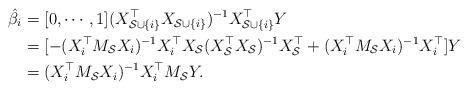
LaTeX: \begin{align*}\hat\beta_i&=[0,\cdots,1](X_{\mathcal S\cup \{i\}}^\top X_{\mathcal S\cup \{i\}})^{-1}X_{\mathcal S\cup \{i\}}^\top Y\\&=[-(X_i^\top M_{\mathcal S}X_i)^{-1}X_i^\top X_{\mathcal S}(X_{\mathcal S}^\top X_{\mathcal S})^{-1}X_{\mathcal S}^\top +(X_i^\top M_{\mathcal S}X_i)^{-1}X_i^\top ]Y\\&=(X_i^\top M_{\mathcal S}X_i)^{-1}X_i^\top M_{\mathcal S}Y.\end{align*}